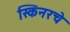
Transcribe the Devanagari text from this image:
स्किनरचे